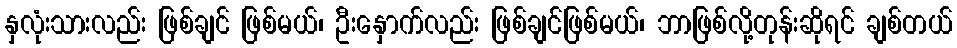
နှလုံးသားလည်း ဖြစ်ချင် ဖြစ်မယ်၊ ဦးနှောက်လည်း ဖြစ်ချင်ဖြစ်မယ်၊ ဘာဖြစ်လို့တုန်းဆိုရင် ချစ်တယ်